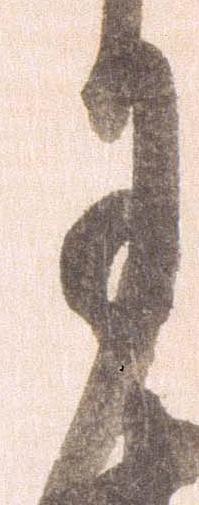
月